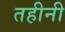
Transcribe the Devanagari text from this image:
तहीनी